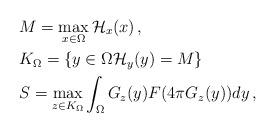
LaTeX: \begin{align*}&M=\max_{x\in \Omega} \mathcal{H}_x(x)\,,\\&K_\Omega=\{y\in\Omega\mathcal{H}_y(y)=M\}\\&S=\max_{z\in K_\Omega} \int_{\Omega} G_z(y) F(4\pi G_z(y)) dy\,,\end{align*}